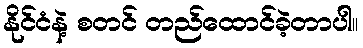
နိုင်ငံနဲ့ စတင် တည်ထောင်ခဲ့တာပါ။